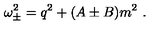
\omega _ { \pm } ^ { 2 } = q ^ { 2 } + ( A \pm B ) m ^ { 2 } \ .